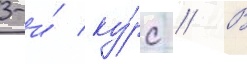
3-и́ ку́рс // В